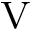
_ \mathrm { V }